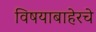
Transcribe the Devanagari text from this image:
विषयाबाहेरचे